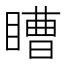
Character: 𭿕